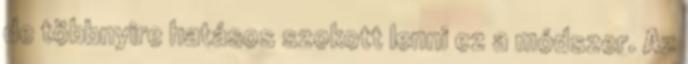
de többnyire hatásos szokott lenni ez a módszer. Az